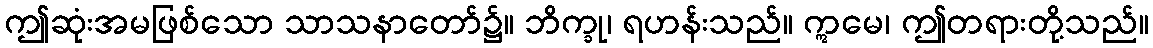
ဤဆုံးအမဖြစ်သော သာသနာတော်၌။ ဘိက္ခု၊ ရဟန်းသည်။ ဣမေ၊ ဤတရားတို့သည်။